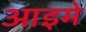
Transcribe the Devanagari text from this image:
आइमे